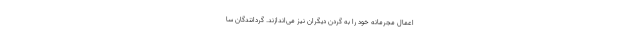
اعمال مجرمانه خود را به گردن دیگران نیز می‌اندازند. گردانندگان سا